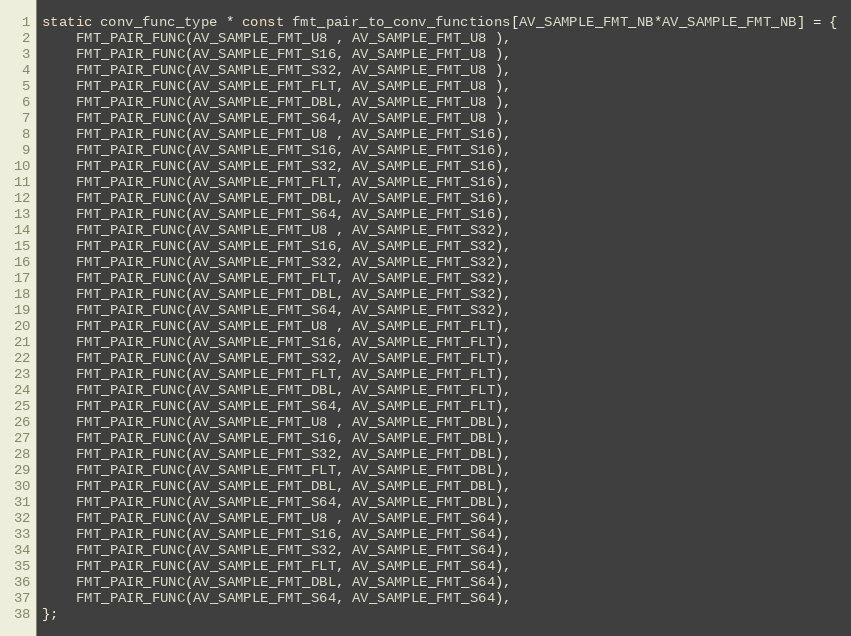
Language: C
static conv_func_type * const fmt_pair_to_conv_functions[AV_SAMPLE_FMT_NB*AV_SAMPLE_FMT_NB] = {
    FMT_PAIR_FUNC(AV_SAMPLE_FMT_U8 , AV_SAMPLE_FMT_U8 ),
    FMT_PAIR_FUNC(AV_SAMPLE_FMT_S16, AV_SAMPLE_FMT_U8 ),
    FMT_PAIR_FUNC(AV_SAMPLE_FMT_S32, AV_SAMPLE_FMT_U8 ),
    FMT_PAIR_FUNC(AV_SAMPLE_FMT_FLT, AV_SAMPLE_FMT_U8 ),
    FMT_PAIR_FUNC(AV_SAMPLE_FMT_DBL, AV_SAMPLE_FMT_U8 ),
    FMT_PAIR_FUNC(AV_SAMPLE_FMT_S64, AV_SAMPLE_FMT_U8 ),
    FMT_PAIR_FUNC(AV_SAMPLE_FMT_U8 , AV_SAMPLE_FMT_S16),
    FMT_PAIR_FUNC(AV_SAMPLE_FMT_S16, AV_SAMPLE_FMT_S16),
    FMT_PAIR_FUNC(AV_SAMPLE_FMT_S32, AV_SAMPLE_FMT_S16),
    FMT_PAIR_FUNC(AV_SAMPLE_FMT_FLT, AV_SAMPLE_FMT_S16),
    FMT_PAIR_FUNC(AV_SAMPLE_FMT_DBL, AV_SAMPLE_FMT_S16),
    FMT_PAIR_FUNC(AV_SAMPLE_FMT_S64, AV_SAMPLE_FMT_S16),
    FMT_PAIR_FUNC(AV_SAMPLE_FMT_U8 , AV_SAMPLE_FMT_S32),
    FMT_PAIR_FUNC(AV_SAMPLE_FMT_S16, AV_SAMPLE_FMT_S32),
    FMT_PAIR_FUNC(AV_SAMPLE_FMT_S32, AV_SAMPLE_FMT_S32),
    FMT_PAIR_FUNC(AV_SAMPLE_FMT_FLT, AV_SAMPLE_FMT_S32),
    FMT_PAIR_FUNC(AV_SAMPLE_FMT_DBL, AV_SAMPLE_FMT_S32),
    FMT_PAIR_FUNC(AV_SAMPLE_FMT_S64, AV_SAMPLE_FMT_S32),
    FMT_PAIR_FUNC(AV_SAMPLE_FMT_U8 , AV_SAMPLE_FMT_FLT),
    FMT_PAIR_FUNC(AV_SAMPLE_FMT_S16, AV_SAMPLE_FMT_FLT),
    FMT_PAIR_FUNC(AV_SAMPLE_FMT_S32, AV_SAMPLE_FMT_FLT),
    FMT_PAIR_FUNC(AV_SAMPLE_FMT_FLT, AV_SAMPLE_FMT_FLT),
    FMT_PAIR_FUNC(AV_SAMPLE_FMT_DBL, AV_SAMPLE_FMT_FLT),
    FMT_PAIR_FUNC(AV_SAMPLE_FMT_S64, AV_SAMPLE_FMT_FLT),
    FMT_PAIR_FUNC(AV_SAMPLE_FMT_U8 , AV_SAMPLE_FMT_DBL),
    FMT_PAIR_FUNC(AV_SAMPLE_FMT_S16, AV_SAMPLE_FMT_DBL),
    FMT_PAIR_FUNC(AV_SAMPLE_FMT_S32, AV_SAMPLE_FMT_DBL),
    FMT_PAIR_FUNC(AV_SAMPLE_FMT_FLT, AV_SAMPLE_FMT_DBL),
    FMT_PAIR_FUNC(AV_SAMPLE_FMT_DBL, AV_SAMPLE_FMT_DBL),
    FMT_PAIR_FUNC(AV_SAMPLE_FMT_S64, AV_SAMPLE_FMT_DBL),
    FMT_PAIR_FUNC(AV_SAMPLE_FMT_U8 , AV_SAMPLE_FMT_S64),
    FMT_PAIR_FUNC(AV_SAMPLE_FMT_S16, AV_SAMPLE_FMT_S64),
    FMT_PAIR_FUNC(AV_SAMPLE_FMT_S32, AV_SAMPLE_FMT_S64),
    FMT_PAIR_FUNC(AV_SAMPLE_FMT_FLT, AV_SAMPLE_FMT_S64),
    FMT_PAIR_FUNC(AV_SAMPLE_FMT_DBL, AV_SAMPLE_FMT_S64),
    FMT_PAIR_FUNC(AV_SAMPLE_FMT_S64, AV_SAMPLE_FMT_S64),
};